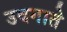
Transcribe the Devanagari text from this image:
उदगाते